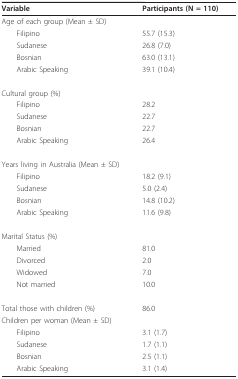
<table><thead><tr><td><b>Variable</b></td><td><b>Participants (N = 110)</b></td></tr></thead><tbody><tr><td>Age of each group (Mean ± SD)</td><td></td></tr><tr><td> Filipino</td><td>55.7 (15.3)</td></tr><tr><td> Sudanese</td><td>26.8 (7.0)</td></tr><tr><td> Bosnian</td><td>63.0 (13.1)</td></tr><tr><td> Arabic Speaking</td><td>39.1 (10.4)</td></tr><tr><td>Cultural group (%)</td><td></td></tr><tr><td> Filipino</td><td>28.2</td></tr><tr><td> Sudanese</td><td>22.7</td></tr><tr><td> Bosnian</td><td>22.7</td></tr><tr><td> Arabic Speaking</td><td>26.4</td></tr><tr><td>Years living in Australia (Mean ± SD)</td><td></td></tr><tr><td> Filipino</td><td>18.2 (9.1)</td></tr><tr><td> Sudanese</td><td>5.0 (2.4)</td></tr><tr><td> Bosnian</td><td>14.8 (10.2)</td></tr><tr><td> Arabic Speaking</td><td>11.6 (9.8)</td></tr><tr><td>Marital Status (%)</td><td></td></tr><tr><td> Married</td><td>81.0</td></tr><tr><td> Divorced</td><td>2.0</td></tr><tr><td> Widowed</td><td>7.0</td></tr><tr><td> Not married</td><td>10.0</td></tr><tr><td>Total those with children (%)</td><td>86.0</td></tr><tr><td>Children per woman (Mean ± SD)</td><td></td></tr><tr><td> Filipino</td><td>3.1 (1.7)</td></tr><tr><td> Sudanese</td><td>1.7 (1.1)</td></tr><tr><td> Bosnian</td><td>2.5 (1.1)</td></tr><tr><td> Arabic Speaking</td><td>3.1 (1.4)</td></tr></tbody></table>